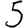
Digit: 5